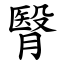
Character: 㬾